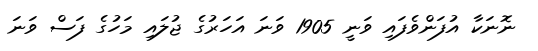
ނޮނަކާ އުފަންވެފައި ވަނީ 1905 ވަނަ އަހަރުގެ ޖުލައި މަހުގެ ފަސް ވަނަ